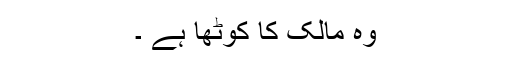
وہ مالک کا کوٹھا ہے ۔